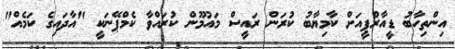
އިންތިހާބު ޑީއާރްޕީއަށް ކާމިޔާބު ކުރަން ރައީސް މައުމޫން ކުރައްވާ ކެމްޕޭނަކީ "އާދައިގެ ކަމެއް"